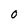
Character: O